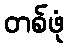
တစ်ဖုံ